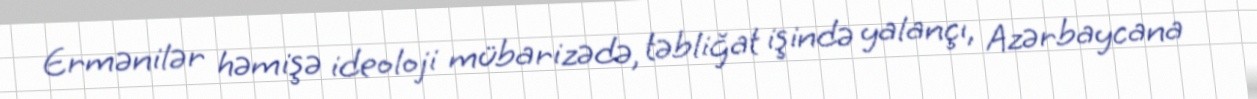
Ermənilər həmişə ideoloji mübarizədə, təbliğat işində yalançı, Azərbaycana